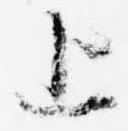
上